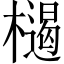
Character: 𣜶